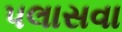
પલાસવા